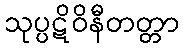
သုပ္ပဋိဝိနီတတ္တာ